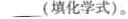
___(填化学式)。